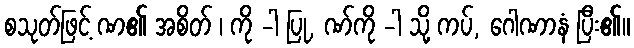
စသုတ်ဖြင့် ဏ၏ အစိတ် ၊ ကို -ါ ပြု, ဏ်ကို -ါ သို့ ကပ်, ဂေါဏာနံ ပြီး၏။